65_HS1-834228961_62-HQ-83894_Section_9
Agency: FBI
Page 177
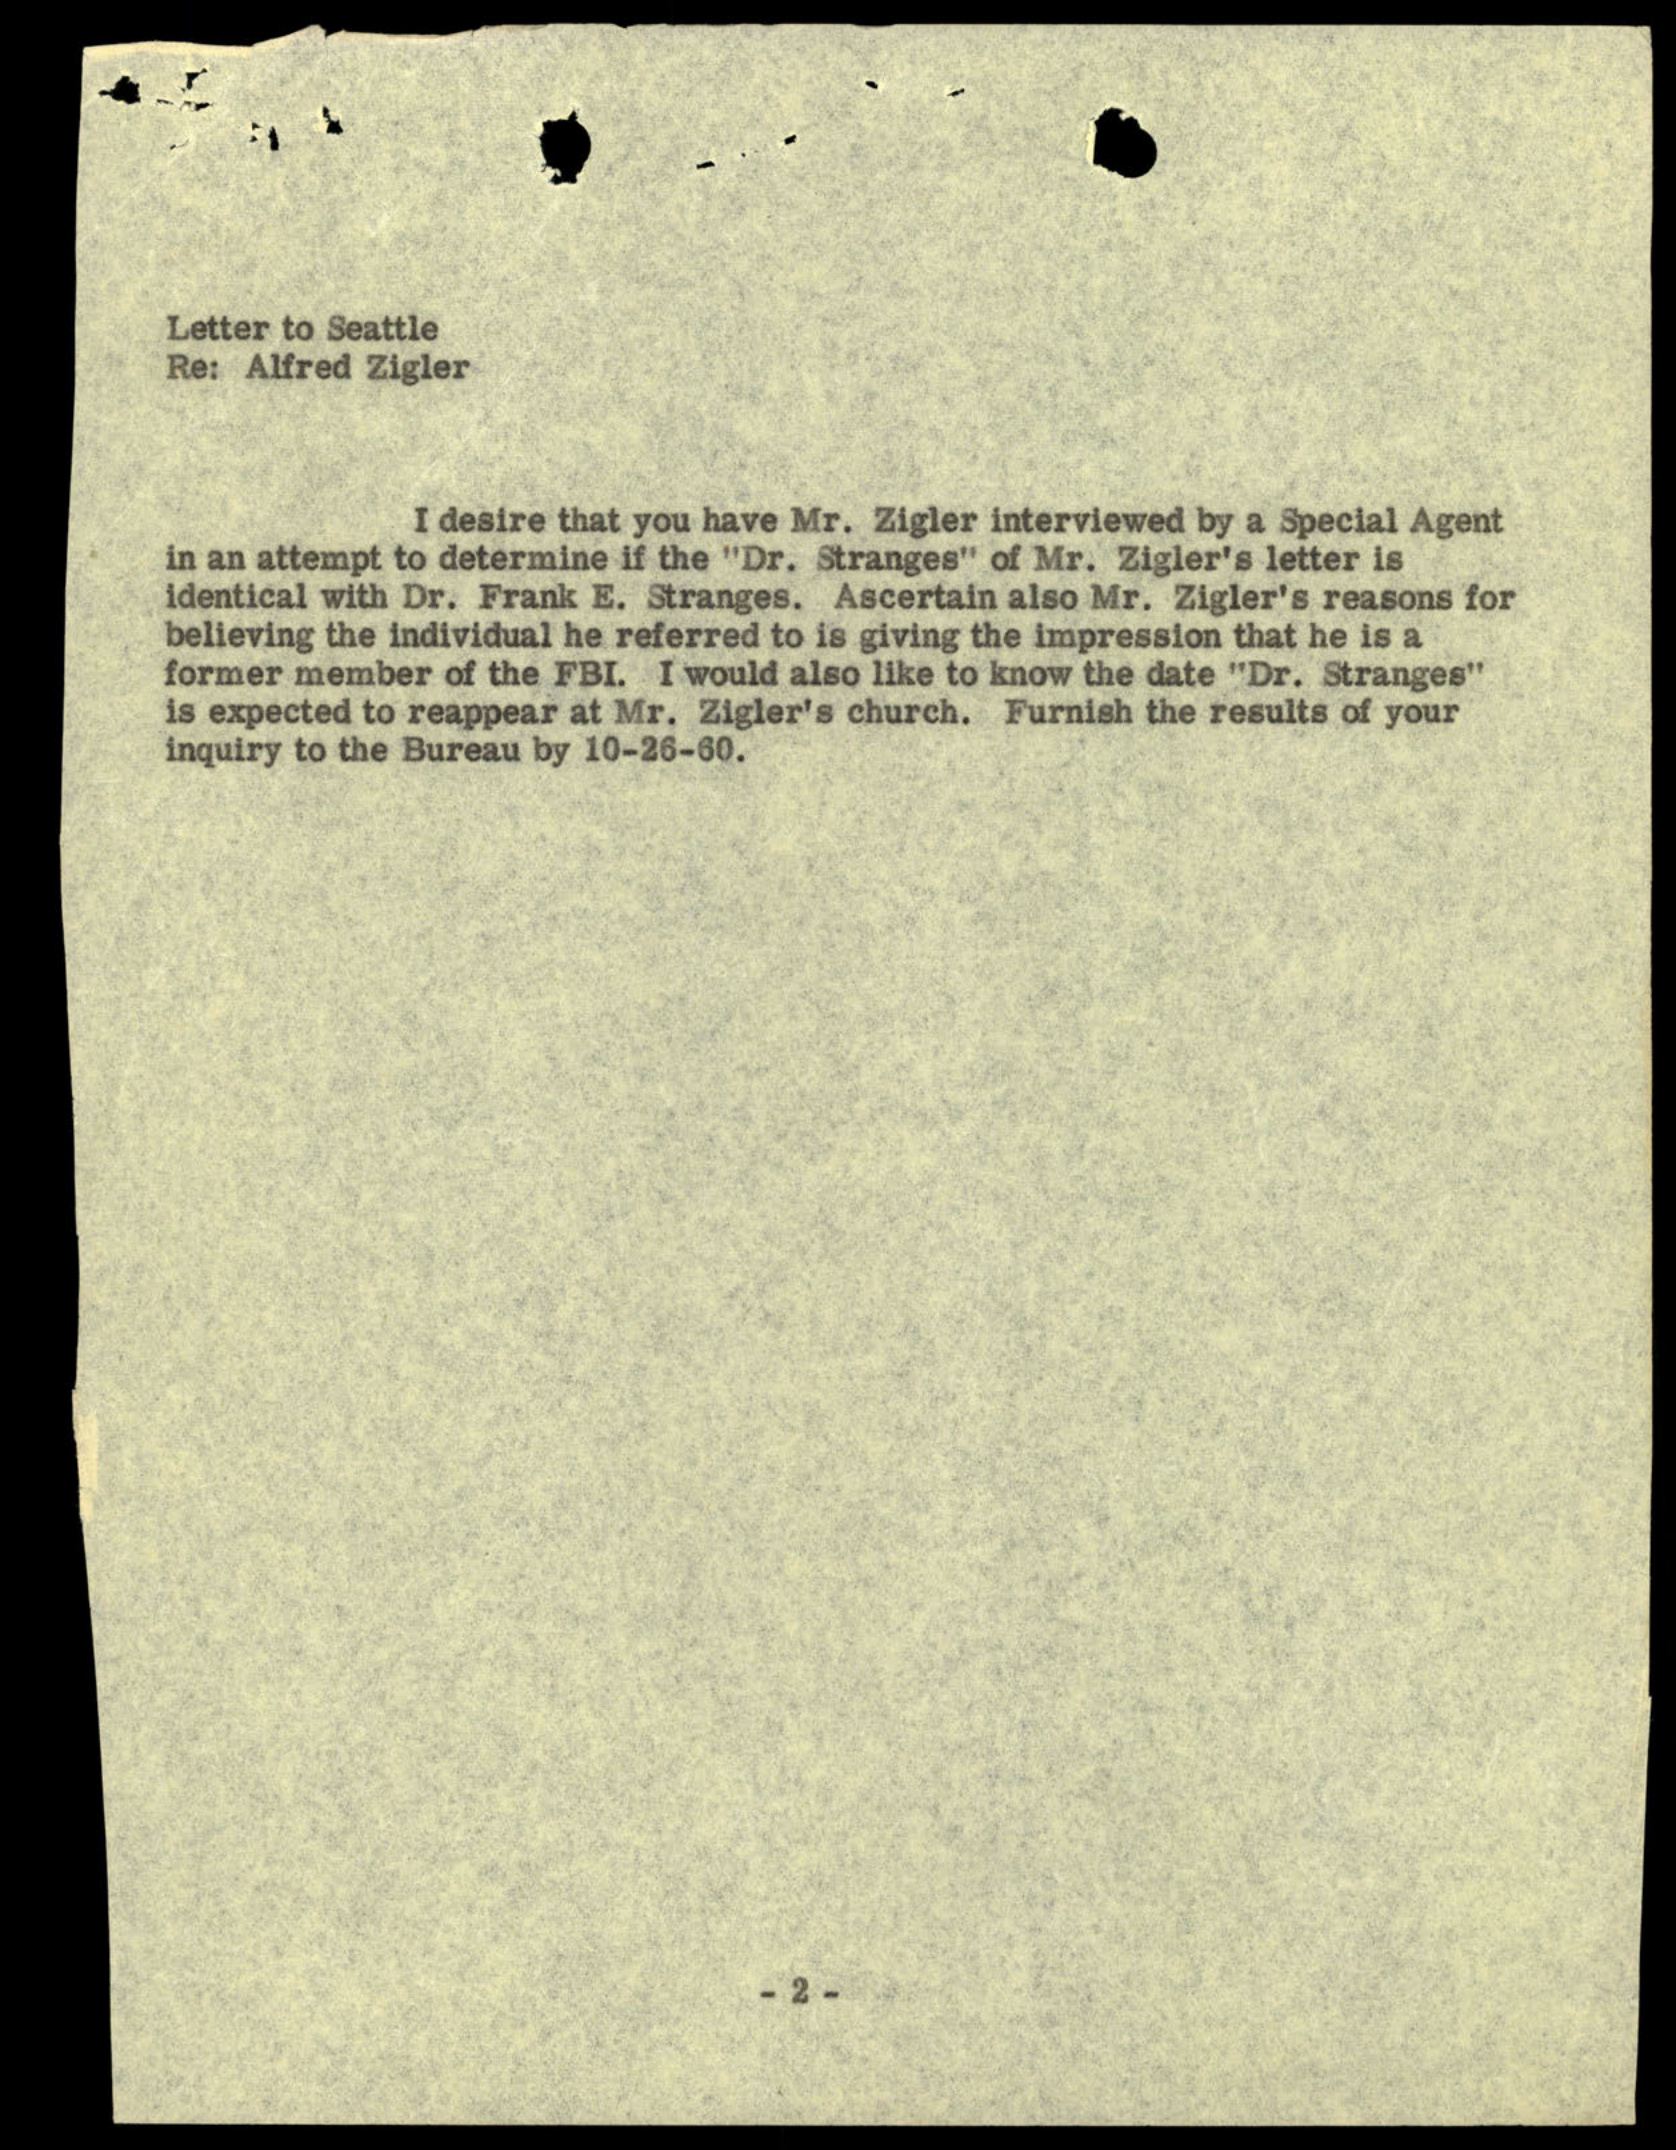